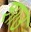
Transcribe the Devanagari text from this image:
शाउ